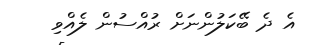
އެ ދެ ބޭކަލުންނަށް ރުއްސުން ލެއްވި